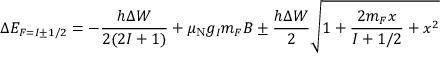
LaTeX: \Delta E _ { F = I \pm 1 / 2 } = - { \frac { h \Delta W } { 2 ( 2 I + 1 ) } } + \mu _ { \mathrm { { N } } } g _ { I } m _ { F } B \pm { \frac { h \Delta W } { 2 } } { \sqrt { 1 + { \frac { 2 m _ { F } x } { I + 1 / 2 } } + x ^ { 2 } } }